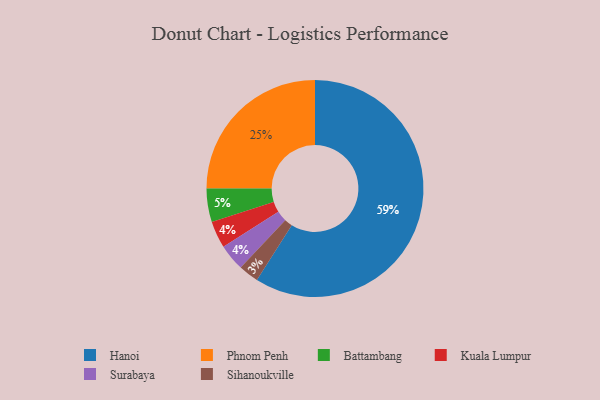
{"axis": {"x": "Category", "y": "Percentage"}, "legend": ["Battambang", "Hanoi", "Kuala Lumpur", "Phnom Penh", "Sihanoukville", "Surabaya"], "data": [{"x": "Hanoi", "y": 59, "type": "Hanoi"}, {"x": "Kuala Lumpur", "y": 4, "type": "Kuala Lumpur"}, {"x": "Sihanoukville", "y": 3, "type": "Sihanoukville"}, {"x": "Battambang", "y": 5, "type": "Battambang"}, {"x": "Phnom Penh", "y": 25, "type": "Phnom Penh"}, {"x": "Surabaya", "y": 4, "type": "Surabaya"}]}